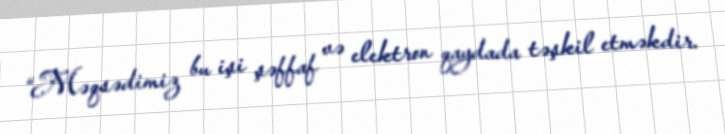
“Məqsədimiz bu işi şəffaf və elektron qaydada təşkil etməkdir.